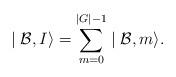
LaTeX: \begin{align*}\mid {\cal B},I\rangle =\sum_{m=0}^{|G|-1}\mid {\cal B},m\rangle .\end{align*}